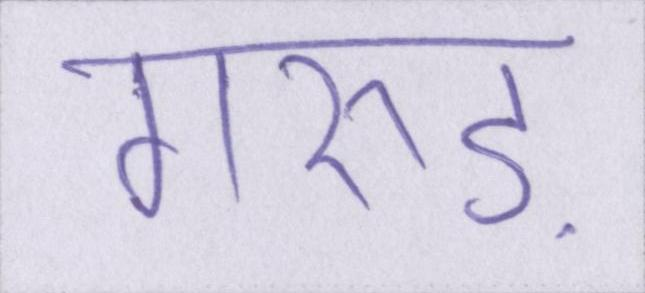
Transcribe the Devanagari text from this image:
गरुड़